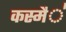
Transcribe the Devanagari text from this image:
कस्मै॑